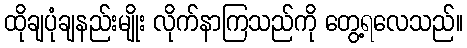
ထိုချပုံချနည်းမျိုး လိုက်နာကြသည်ကို တွေ့ရလေသည်။